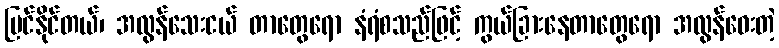
မြင်နိုင်တယ်၊ အလွန်သေးငယ် တာတွေရော နံရံစသည်ဖြင့် ကွယ်ခြားနေတာတွေရော အလွန်ဝေးတဲ့